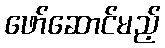
ဖော်ဆောင်မည့်